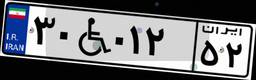
۳۰W۰۱۲۵۲